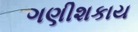
ગણીશકાય